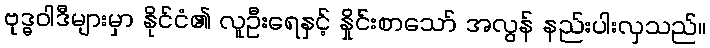
ဗုဒ္ဓဝါဒီများမှာ နိုင်ငံ၏ လူဦးရေနှင့် နှိုင်းစာသော် အလွန် နည်းပါးလှသည်။